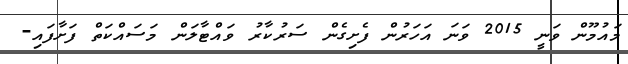
މައުމޫން ވަނީ 2015 ވަނަ އަހަރުން ފެށިގެން ސަރުކާރު ވައްޓާލަން މަސައްކަތް ފަށާފައި-